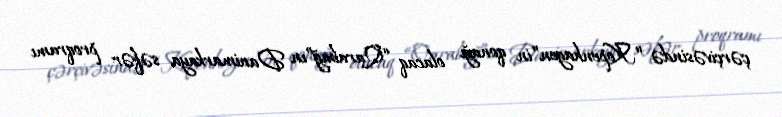
çərçivəsində “Kopenhagen”in qonağı olacaq “Qarabağ”ın Danimarkaya səfər proqramı